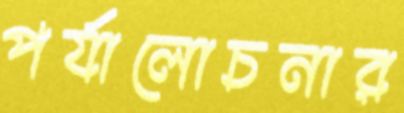
পর্যালোচনার